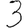
Digit: 3